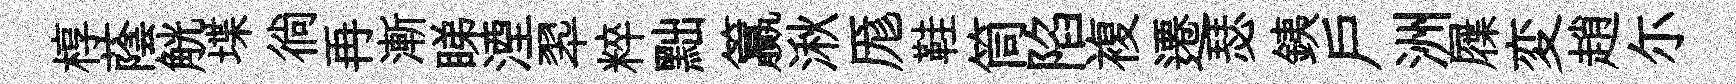
椁蔭觥堞徜再漸睇湮翆粹黜籯湫厖鞋筒陷複遷瑟銕户洲屧変趙尓